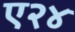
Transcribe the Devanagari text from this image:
ए२४